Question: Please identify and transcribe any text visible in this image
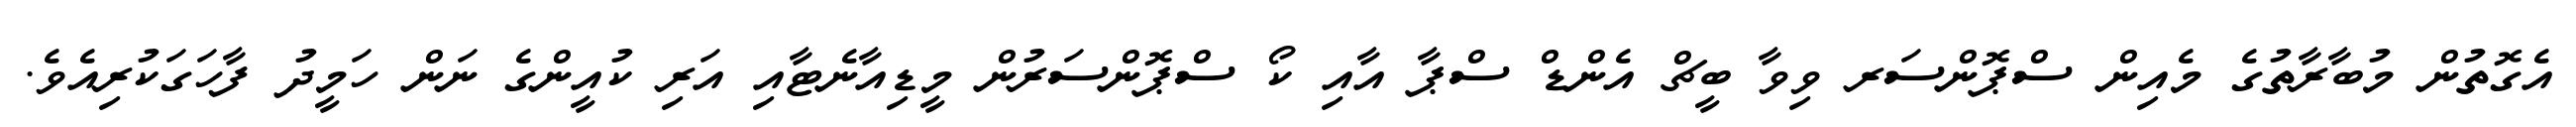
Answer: އެގޮތުން މުބާރާތުގެ މެއިން ސްޕޮންސަރ ވިވާ ބީޗް އެންޑް ސްޕާ އާއި ކޯ ސްޕޮންސަރުން މީޑިއާނެޓާއި އަރި ކުއީންގެ ނަން ހަމީދު ފާހަގަކުރިއެވެ.